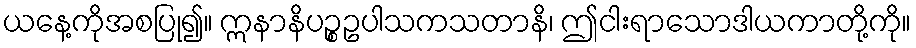
ယနေ့ကိုအစပြု၍။ ဣနာနိပဉ္စဥပါသကသတာနိ၊ ဤငါးရာသောဒါယကာတို့ကို။